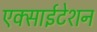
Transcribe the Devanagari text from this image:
एक्साईटेशन